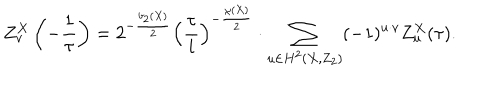
Z _ { v } ^ { X } \left( - \frac { 1 } { \tau } \right) = 2 ^ { - \frac { b _ { 2 } ( X ) } { 2 } } \left( \frac { \tau } { i } \right) ^ { - \frac { \chi ( X ) } { 2 } } \cdot \sum _ { u \in H ^ { 2 } ( X , Z _ { 2 } ) } ( - 1 ) ^ { u \cdot v } Z _ { u } ^ { X } ( \tau ) .